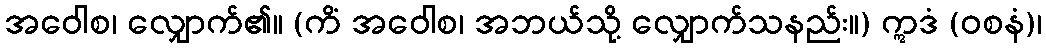
အဝေါစ၊ လျှောက်၏။ (ကိံ အဝေါစ၊ အဘယ်သို့ လျှောက်သနည်း။) ဣဒံ (ဝစနံ)၊